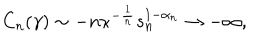
C _ { n } ( \gamma ) \sim - n \kappa ^ { - \frac { 1 } { n } } s _ { n } ^ { 1 - \alpha _ { n } } \rightarrow - \infty ,